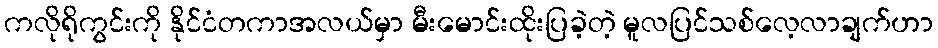
ကလိုရိုကွင်းကို နိုင်ငံတကာအလယ်မှာ မီးမောင်းထိုးပြခဲ့တဲ့ မူလပြင်သစ်လေ့လာချက်ဟာ